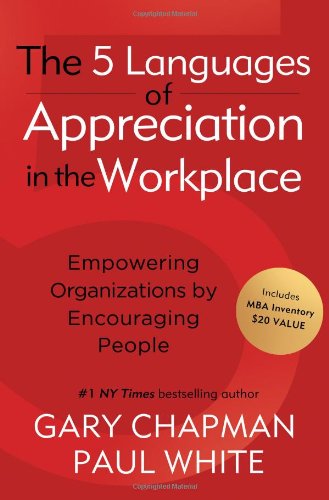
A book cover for The 5 Languages of Appreciation in the Workplace: Empowering Organizations by Encouraging People; Gary D Chapman; Business & Money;